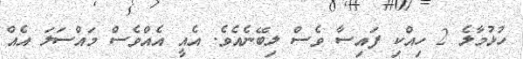
ހުޅުމާލެ 2 ހިއްކި ފައިސާ ވެސް ލިބޭނެއެވެ. އެއީ އެއްވެސް މައްސަލަ އެެއް